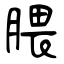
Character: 腲